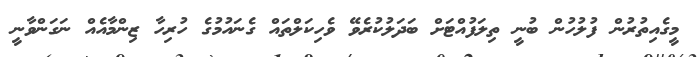
މީގެއިތުރުން ފުލުހުން ބުނީ ތިލަފުއްޓަށް ބަދަލުކުރެވޭ ވެހިކަލްތައް ގެނައުމުގެ ހުރިހާ ޒިންމާއެއް ނަގަންވާނީ